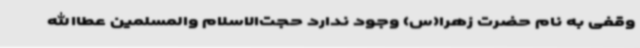
وقفی به نام حضرت زهرا(س) وجود ندارد حجت‌الاسلام والمسلمین عطاالله